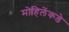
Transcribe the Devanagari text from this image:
मोहिलेंकडे